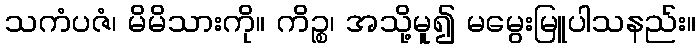
သကံပဇံ၊ မိမိသားကို။ ကိဉ္စ၊ အသို့မူ၍ မမွေးမြူပါသနည်း။